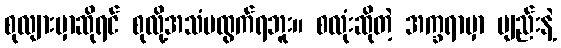
စုလျားမှာဆိုရင် စုလို့အသံမထွက်ရဘူး။ စလုံးဆိုတဲ့ အက္ခရာမှာ ဗျည်းနဲ့